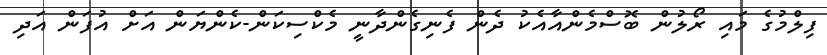
ފިލްމުގެ މައި ރޯލުން ބޮސްމެންއާއެކު ދެން ފެނިގެންދާނީ މެކްސިކަން-ކެންޔަން އަށް އުފަން އަދި